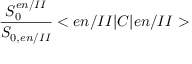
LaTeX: \frac { S _ { 0 } ^ { e n / I I } } { S _ { 0 , e n / I I } } < e n / I I | C | e n / I I >